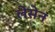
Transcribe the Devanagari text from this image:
लेसेन